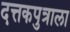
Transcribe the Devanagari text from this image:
दत्तकपुत्राला